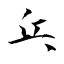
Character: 乓